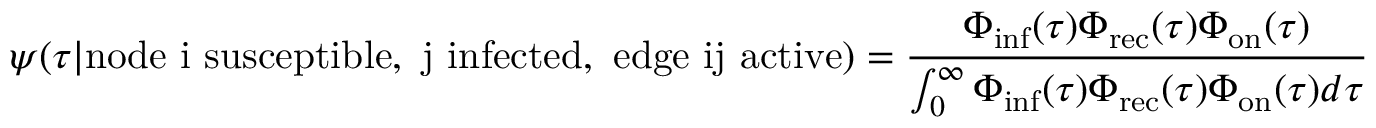
\psi ( \tau | \mathrm { n o d e ~ i ~ s u s c e p t i b l e , ~ j ~ i n f e c t e d , ~ e d g e ~ i j ~ a c t i v e } ) = \frac { \Phi _ { \mathrm { i n f } } ( \tau ) \Phi _ { \mathrm { r e c } } ( \tau ) \Phi _ { \mathrm { o n } } ( \tau ) } { \int _ { 0 } ^ { \infty } \Phi _ { \mathrm { i n f } } ( \tau ) \Phi _ { \mathrm { r e c } } ( \tau ) \Phi _ { \mathrm { o n } } ( \tau ) d \tau }